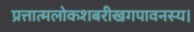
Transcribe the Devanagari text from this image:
प्रत्तात्मलोकशबरीखगपावनस्य।